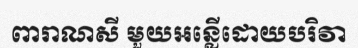
ពារាណសី មួយអន្លើដោយបរិវា